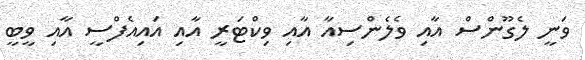
ވަނީ ލެގޫންސް އާއި ވެލެންސިއާ އާއި ވިކްޓަރީ އާއި އައިއެފްސީ އާއި ވީބީ